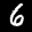
Label: 6